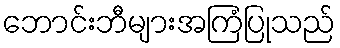
ဘောင်းဘီများအကြံပြုသည်